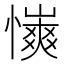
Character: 𢣨